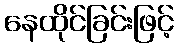
နေထိုင်ခြင်းဖြင့်